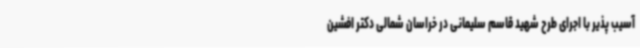
آسیب پذیر با اجرای طرح شهید قاسم سلیمانی در خراسان شمالی دکتر افشین